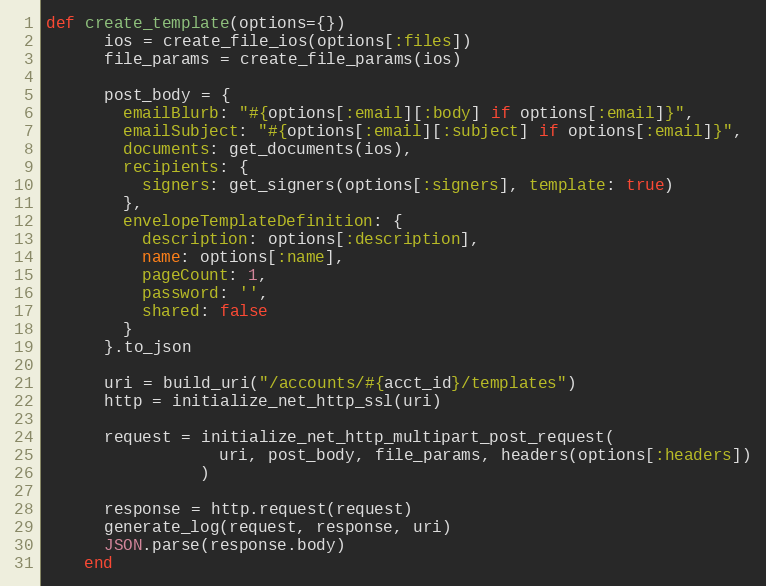
Language: Ruby
def create_template(options={})
      ios = create_file_ios(options[:files])
      file_params = create_file_params(ios)

      post_body = {
        emailBlurb: "#{options[:email][:body] if options[:email]}",
        emailSubject: "#{options[:email][:subject] if options[:email]}",
        documents: get_documents(ios),
        recipients: {
          signers: get_signers(options[:signers], template: true)
        },
        envelopeTemplateDefinition: {
          description: options[:description],
          name: options[:name],
          pageCount: 1,
          password: '',
          shared: false
        }
      }.to_json

      uri = build_uri("/accounts/#{acct_id}/templates")
      http = initialize_net_http_ssl(uri)

      request = initialize_net_http_multipart_post_request(
                  uri, post_body, file_params, headers(options[:headers])
                )

      response = http.request(request)
      generate_log(request, response, uri)
      JSON.parse(response.body)
    end